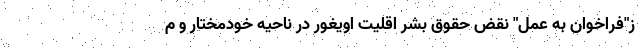
ز"فراخوان به عمل" نقض حقوق بشر اقلیت اویغور در ناحیه خودمختار و م